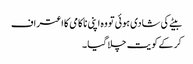
بیٹے کی شادی ہوئی تو وہ اپنی ناکامی کا اعتراف
کر کے کو یت چلا گیا ۔